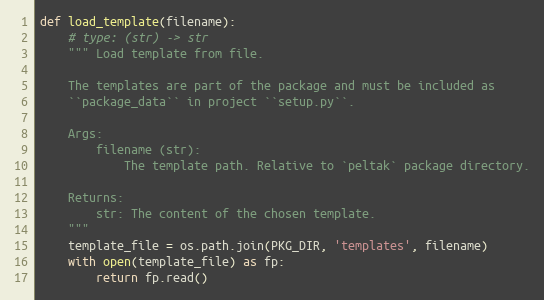
Language: Python
def load_template(filename):
    # type: (str) -> str
    """ Load template from file.

    The templates are part of the package and must be included as
    ``package_data`` in project ``setup.py``.

    Args:
        filename (str):
            The template path. Relative to `peltak` package directory.

    Returns:
        str: The content of the chosen template.
    """
    template_file = os.path.join(PKG_DIR, 'templates', filename)
    with open(template_file) as fp:
        return fp.read()